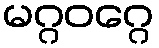
မဂ္ဂဝဂ္ဂေ